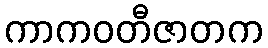
ကာကဝတီဇာတက